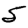
Digit: 5